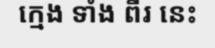
ក្មេង ទាំង ពីរ នេះ